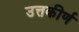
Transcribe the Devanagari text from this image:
उत्तकीर्ण